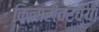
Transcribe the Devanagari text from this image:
किनारीवरच्या